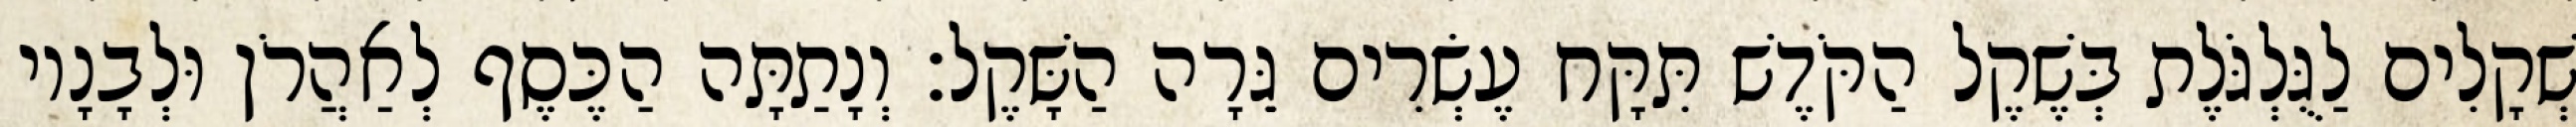
שְׁקָלִים לַגֻּלְגֹּלֶת בְּשֶׁקֶל הַקֹּדֶשׁ תִּקָּח עֶשְׂרִים גֵּרָה הַשָּׁקֶל׃ וְנָתַתָּה הַכֶּסֶף לְאַהֲרֹן וּלְבָנָיו